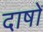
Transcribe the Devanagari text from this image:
दाषों